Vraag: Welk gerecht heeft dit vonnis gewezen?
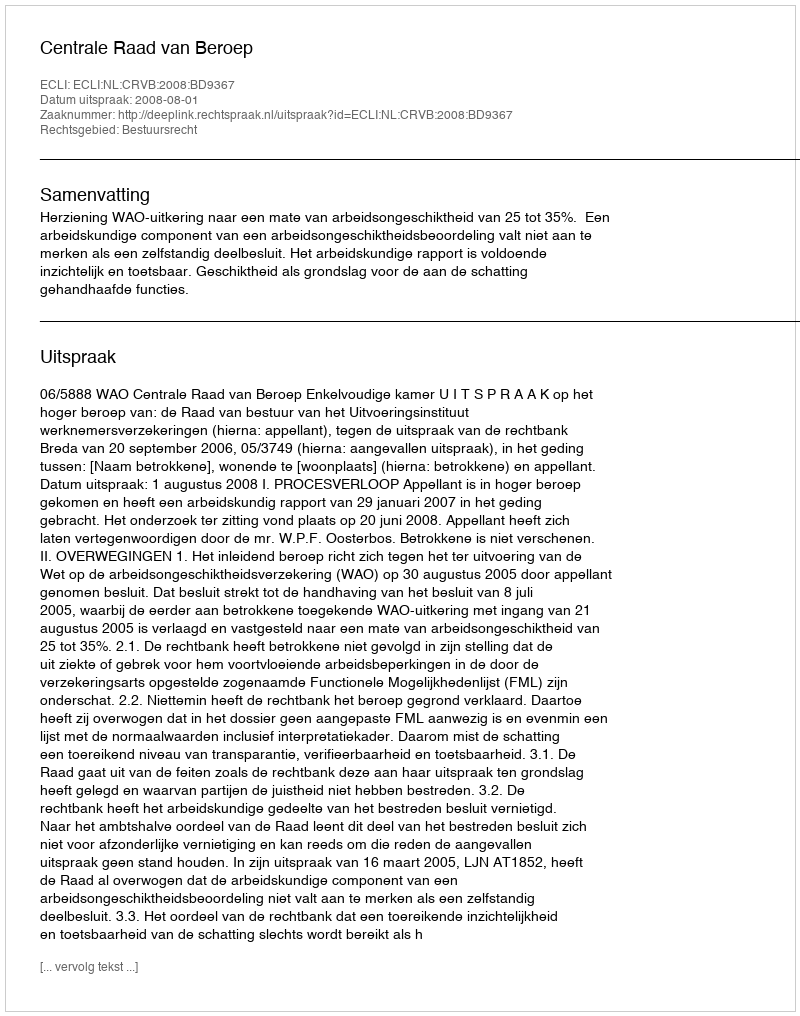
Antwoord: Centrale Raad van Beroep